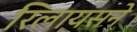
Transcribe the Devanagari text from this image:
रिलायंसने